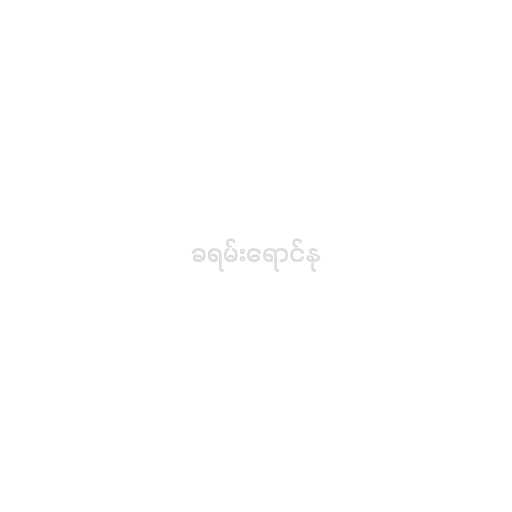
ခရမ်းရောင်နု